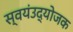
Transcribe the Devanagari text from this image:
स्वयंउद्योजक